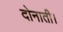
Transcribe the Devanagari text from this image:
दोनाती।